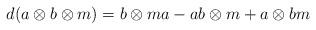
LaTeX: \begin{align*}d_{}(a \otimes b \otimes m) &= b \otimes ma - ab \otimes m + a \otimes bm\end{align*}